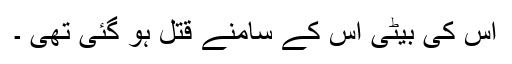
اس کی بیٹی اس کے سامنے قتل ہو گئی تھی ۔